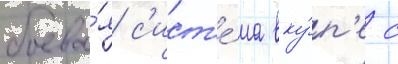
боева́я с'ист'е́ма вку́п'е с